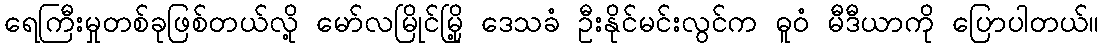
ရေကြီးမှုတစ်ခုဖြစ်တယ်လို့ မော်လမြိုင်မြို့ ဒေသခံ ဦးနိုင်မင်းလွင်က ဓူဝံ မီဒီယာကို ပြောပါတယ်။